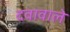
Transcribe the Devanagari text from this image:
दवावाले